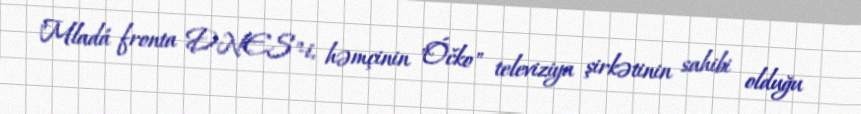
"Mladá fronta DNES"-i, həmçinin "Óčko" televiziya şirkətinin sahibi olduğu